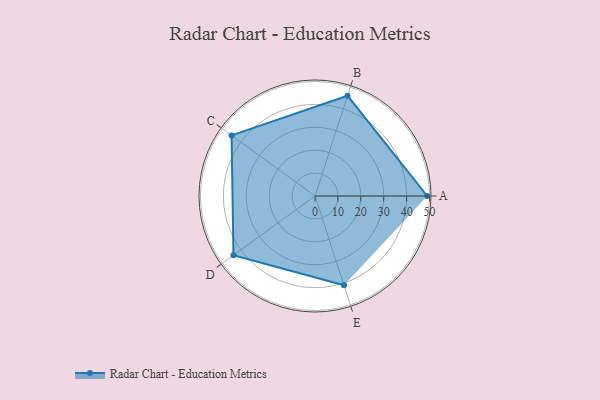
{"axis": {"x": "Skill", "y": "Score"}, "legend": ["Profile"], "data": [{"x": "A", "y": 49.0, "type": "Profile"}, {"x": "B", "y": 46.0, "type": "Profile"}, {"x": "C", "y": 45.0, "type": "Profile"}, {"x": "D", "y": 44.0, "type": "Profile"}, {"x": "E", "y": 41.0, "type": "Profile"}]}